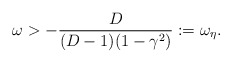
\begin{align*}\omega > -\frac{D}{(D-1)(1-\gamma^2)} := \omega_{\eta} .\end{align*}